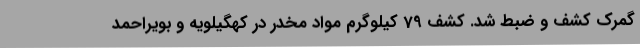
گمرک کشف و ضبط شد. کشف 79 کیلوگرم مواد مخدر در کهگیلویه و بویراحمد